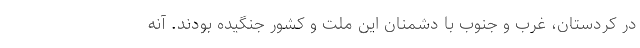
در کردستان، غرب و جنوب با دشمنان این ملت و کشور جنگیده بودند. آنه